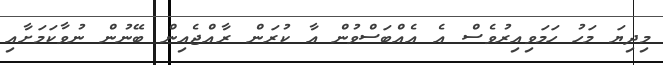
މިދިޔަ މަހު ހަމަވިއިރުވެސް އެ އެއްބަސްވުން އާ ކުރަން ރާއްޖެއިން ބޭނުން ނުވާކަމަށާއި